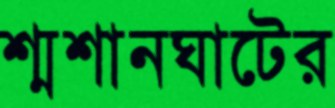
শ্মশানঘাটের